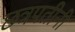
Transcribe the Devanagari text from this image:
छत्रपतीनी